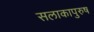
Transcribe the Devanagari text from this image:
सलाकापुरुष